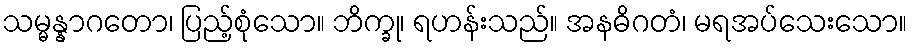
သမ္မန္နာဂတော၊ ပြည့်စုံသော။ ဘိက္ခု၊ ရဟန်းသည်။ အနဓိဂတံ၊ မရအပ်သေးသော။